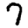
Digit: 7